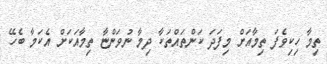
ތިމާ ހިކިވެފަ ތިމާއަށް މިފަދަ ކަންތައްތަކާ ދިމާ ނުވަންޏާ ތިމާއަކަށް އެކަމާ ބެހޭ